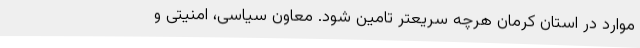
موارد در استان کرمان هرچه سریعتر تامین شود. معاون سیاسی، امنیتی و